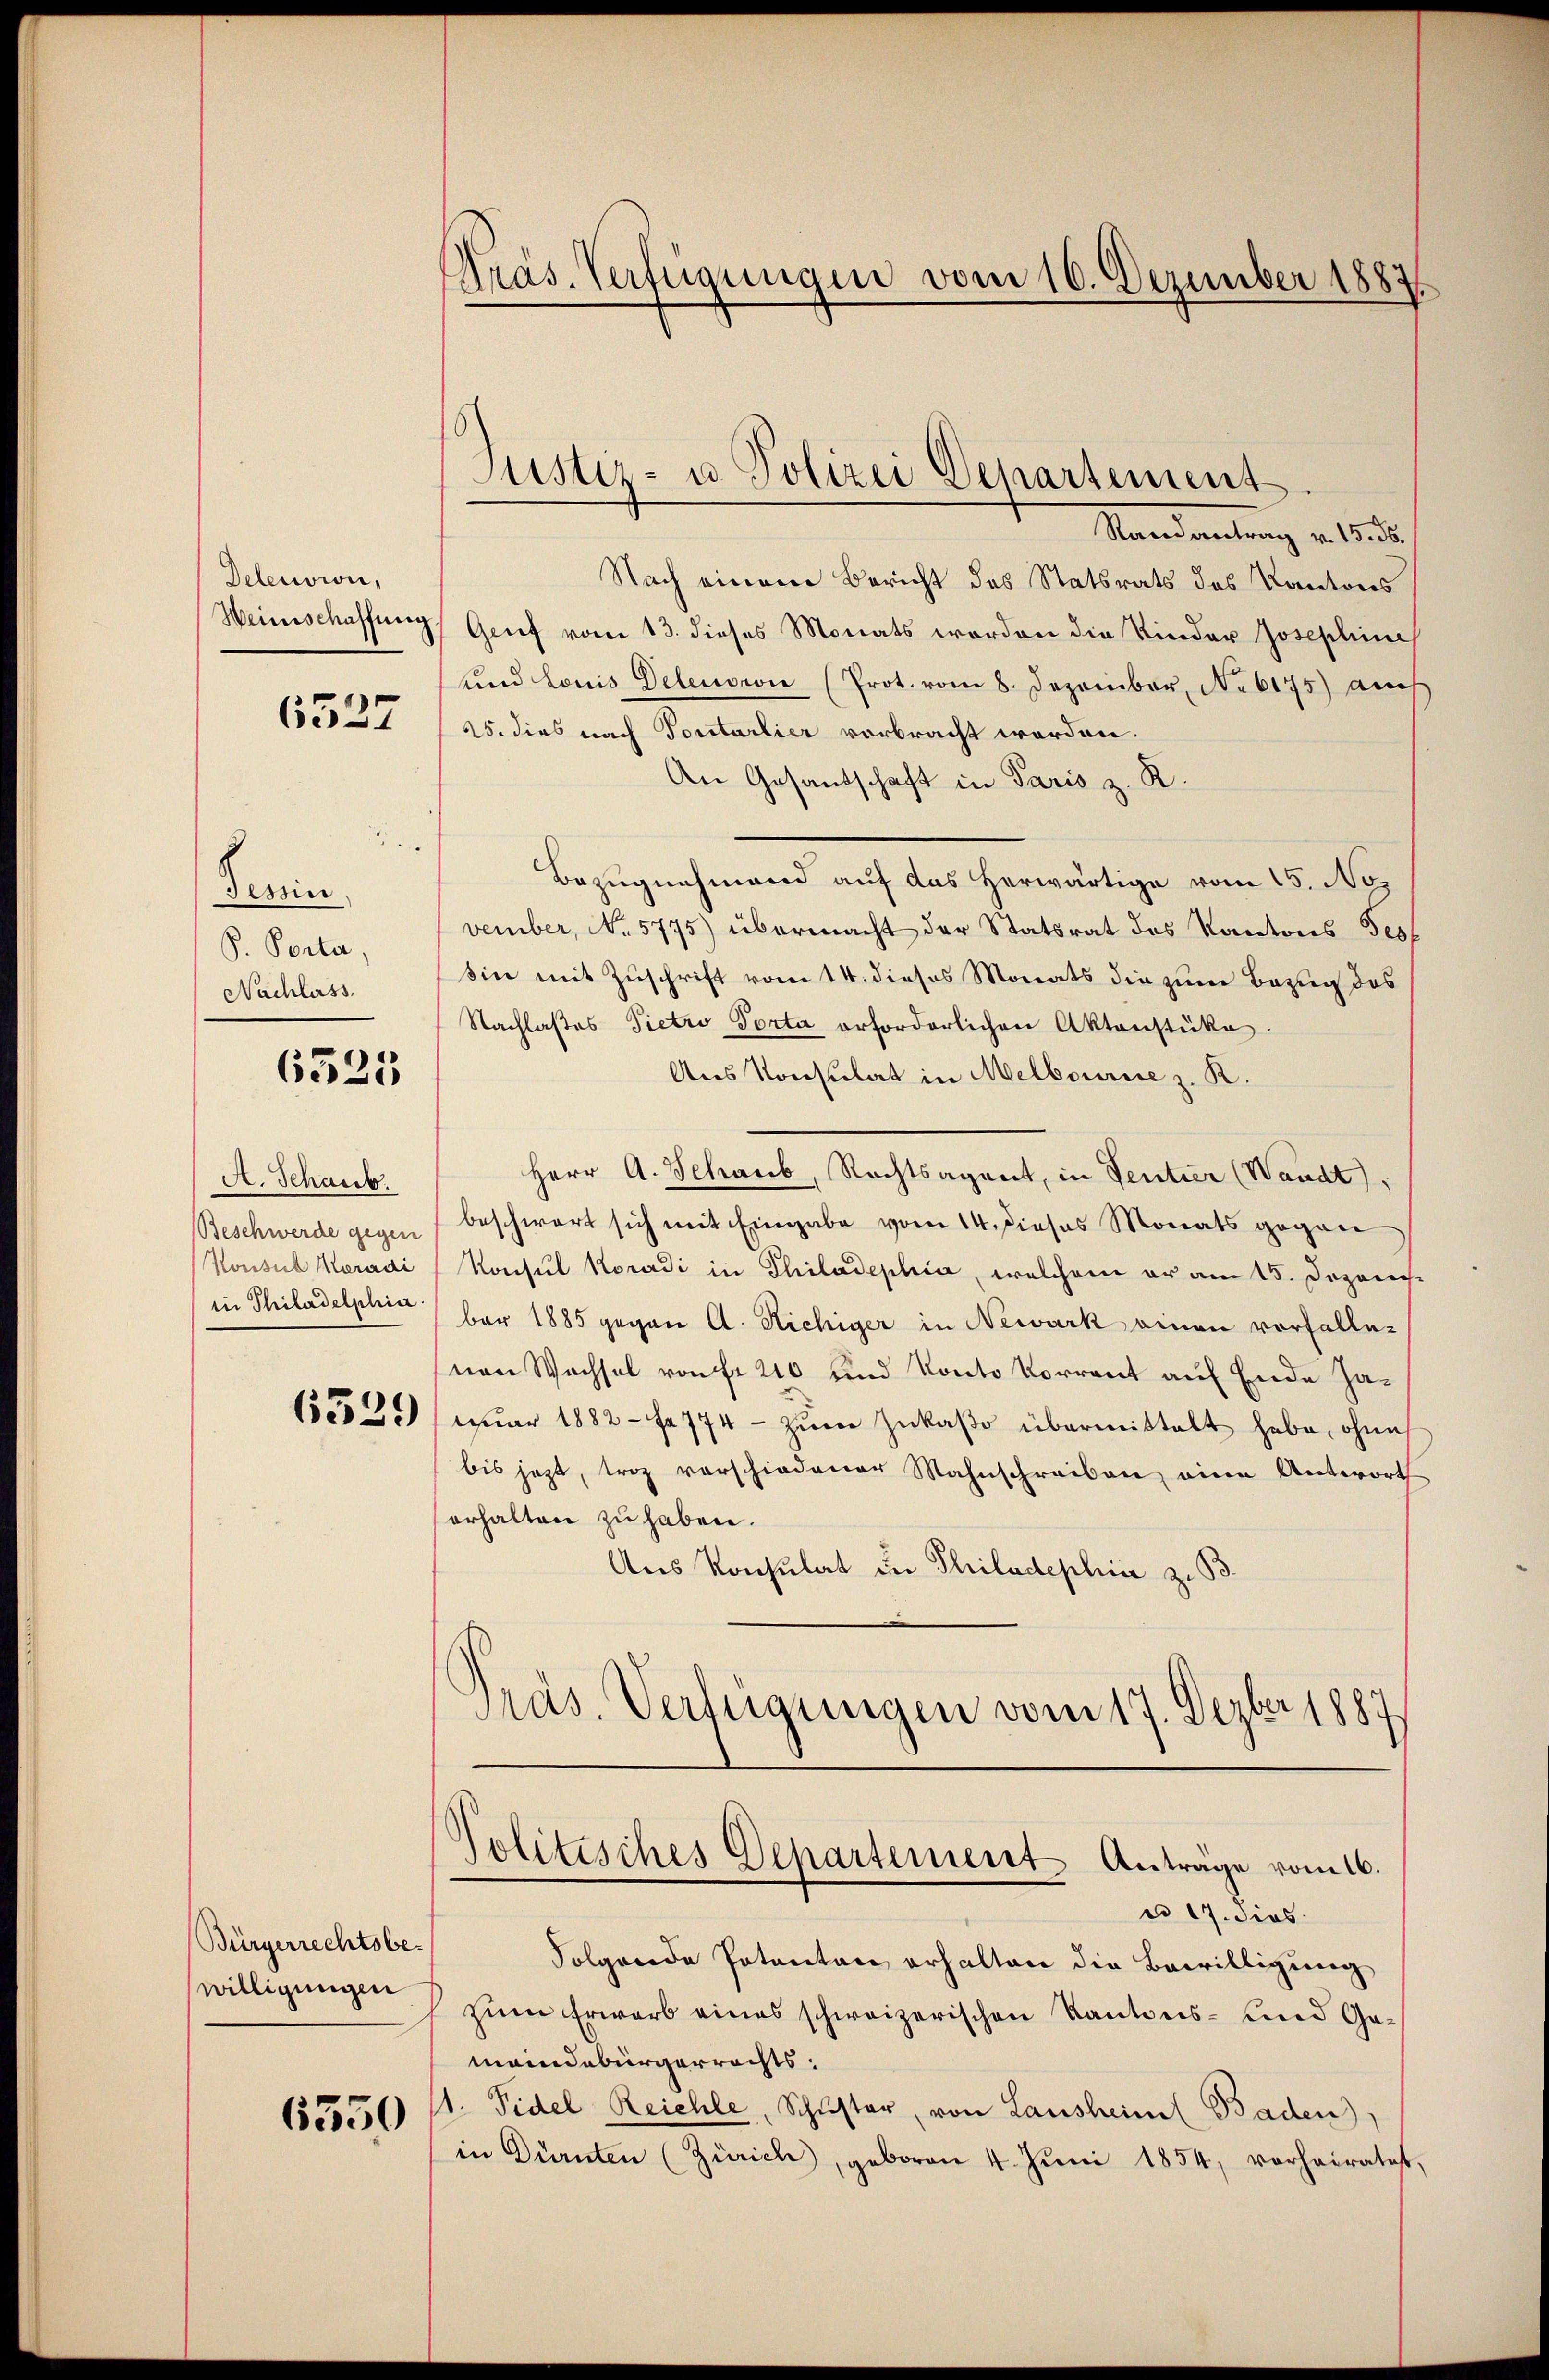
Delension,

6327

Tessin
P. Porta,
Nachlass

6525

A. Schaub.
Beschwerde gegen
Konsul Maradi
in Philadelphia

6529

Bürgerrechtsbewilligungen

6350

Präs. Verfügungen vom 16. Dezember 1883

Mandantung v. 1850
Nach einem Bericht des Statsrats des Kantons
Heinschaffung, Grief vom 13. dieses Monats worden die Kinder Josephine
und Louis Detension (Prot. vom 8. Dezember, No 6175) auch
25. dies nach Portarlier verbracht worden.
An Gesandschaft in Paris z. R.
Bezugnahmend auf das herwärtige vom 15. Nos
vember, No. 5775) übermacht der Statsrat des Kantons Tess
sin mit Zuschrift vom 14. dieses Monats die zum Bezug des
Nachlaßes Pietro Porta erforderlichen Aktenstüke.
Aus Konsulat in Melbournie z. R.
Herr A. Schaub, Rechtsagent, in Ventier (Waadt,
beschwert sich mit Eingabe vom 14. Dieses Monats gegen
Konsul Koradi in Philadephia, welchem er am 15. Dezem
ber 1885 gegen A. Richiger in Newark einen vorfalle¬
(von Wachsel von fr. 210 und Konto Vorrent auf Ende Januar 1882 - fa 774 - zum Zukaso übermittelt habe, ohne
bis jetzt, troz vorschiedener Mahnschreiben eine Antwort
erhalten zu haben.
Aus Konsulat in Philadephia z. B.
Präs. Verfügungen vom 17. Dezbr 1887
Politisches Departement Anträge vom 16.
co 17. dies
Folgende Patenten erhalten die Bewilligung
zum Erwarb eines schweizerischen Kantons- und Gemaindebürgerrechts.
1. Fidel Reichle, Schŭster, von Lausheim Baden),
in Dürnten (Zürich, geboren 4. Juni 1854, vorheiratet,

Justiz- u. Polizei Departement